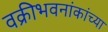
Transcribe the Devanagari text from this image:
वक्रीभवनांकांच्या